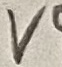
Text: V